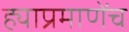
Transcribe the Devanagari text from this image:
ह्याप्रमाणेंच